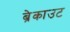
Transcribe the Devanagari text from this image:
ब्रेकाउट